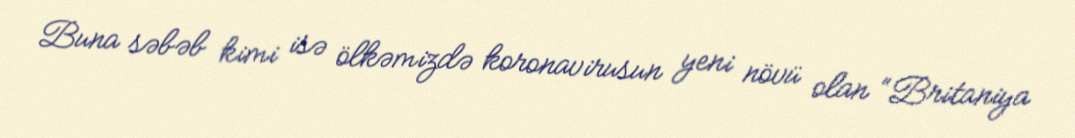
Buna səbəb kimi isə ölkəmizdə koronavirusun yeni növü olan “Britaniya